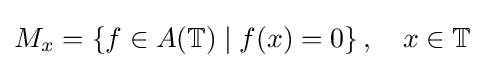
M_{x}=\left\{f\in A(\mathbb {T} )\mid f(x)=0\right\},\quad x\in \mathbb {T}